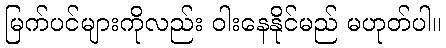
မြက်ပင်များကိုလည်း ဝါးနေနိုင်မည် မဟုတ်ပါ။